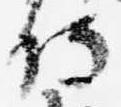
侍